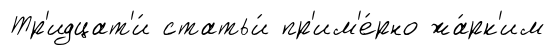
Тр'идцат'и́ статьи́ пр'им'е́рно жа́рк'им